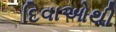
દિવાઓથી